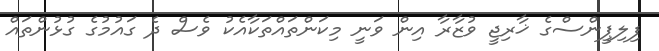
ފިލިޕީންސްގެ ޚާރިޖީ ވުޒާރާ އިން ވަނީ މިކަންތައްތަކާއެކު ވެސް ދެ ގައުމުގެ ގުޅުންތައް